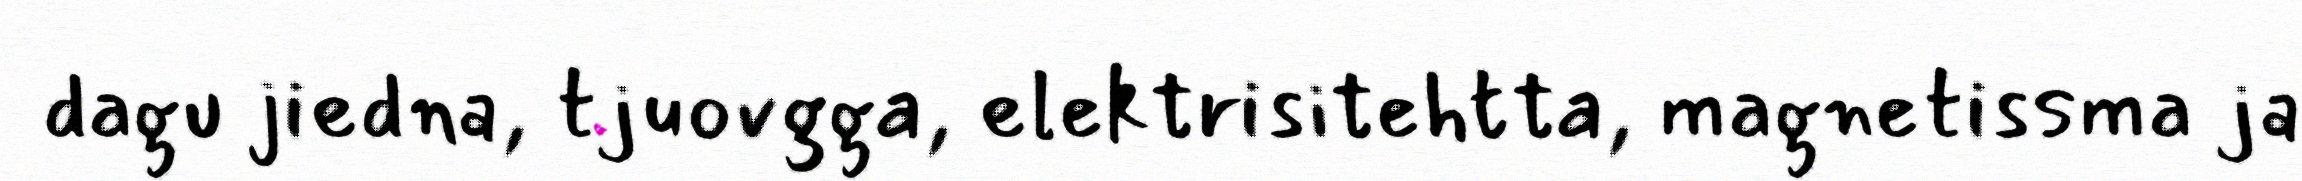
dagu jiedna, tjuovgga, elektrisitehtta, magnetissma ja